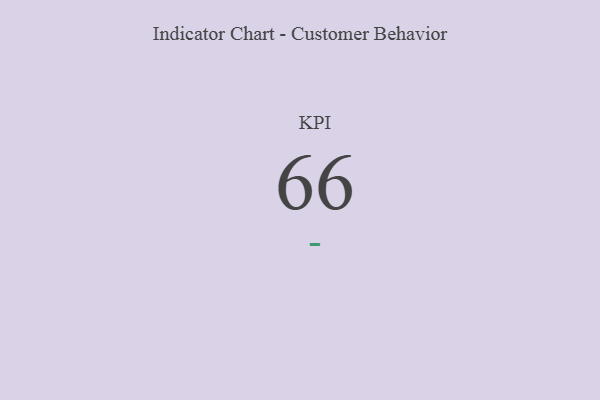
{"axis": {"x": "KPI", "y": "Value"}, "legend": [""], "data": [{"x": "KPI", "y": 66, "type": ""}]}